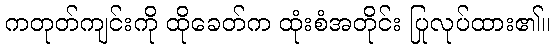
ကတုတ်ကျင်းကို ထိုခေတ်က ထုံးစံအတိုင်း ပြုလုပ်ထား၏။